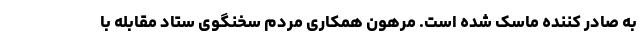
به صادر کننده ماسک شده است. مرهون همکاری مردم سخنگوی ستاد مقابله با